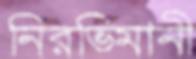
নিরভিমানী